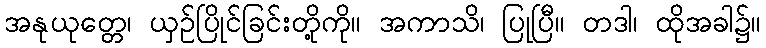
အနုယုတ္တေ၊ ယှဉ်ပြိုင်ခြင်းတို့ကို။ အကာသိ၊ ပြုပြီ။ တဒါ၊ ထိုအခါ၌။